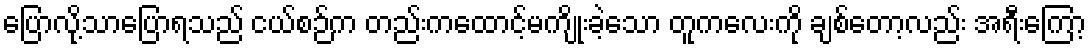
ပြောလို့သာပြောရသည် ငယ်စဉ်က တည်းကထောင့်မကျိုးခဲ့သော တူကလေးကို ချစ်တော့လည်း အရီးကြော့